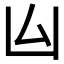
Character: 𠙸